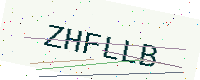
Text: ZHFLLB